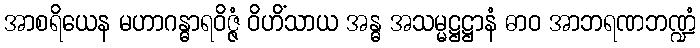
အာစရိယေန မဟာဂန္ဓာရဝိဇ္ဇံ ဝိဟိံသာယ အန္ဓ အသမ္မဋ္ဌဋ္ဌာနံ ဓာဝ အာဘရဏဘဏ္ဍံ